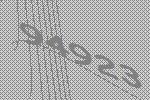
94923